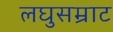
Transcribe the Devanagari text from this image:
लघुसम्राट